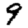
Digit: 9